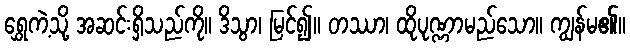
ရွှေကဲ့သို့ အဆင်းရှိသည်ကို။ ဒိသွာ၊ မြင်၍။ တဿာ၊ ထိုပုဏ္ဏာမည်သော။ ကျွန်မ၏။